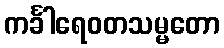
ကင်္ခါရေဝတသမ္မတော